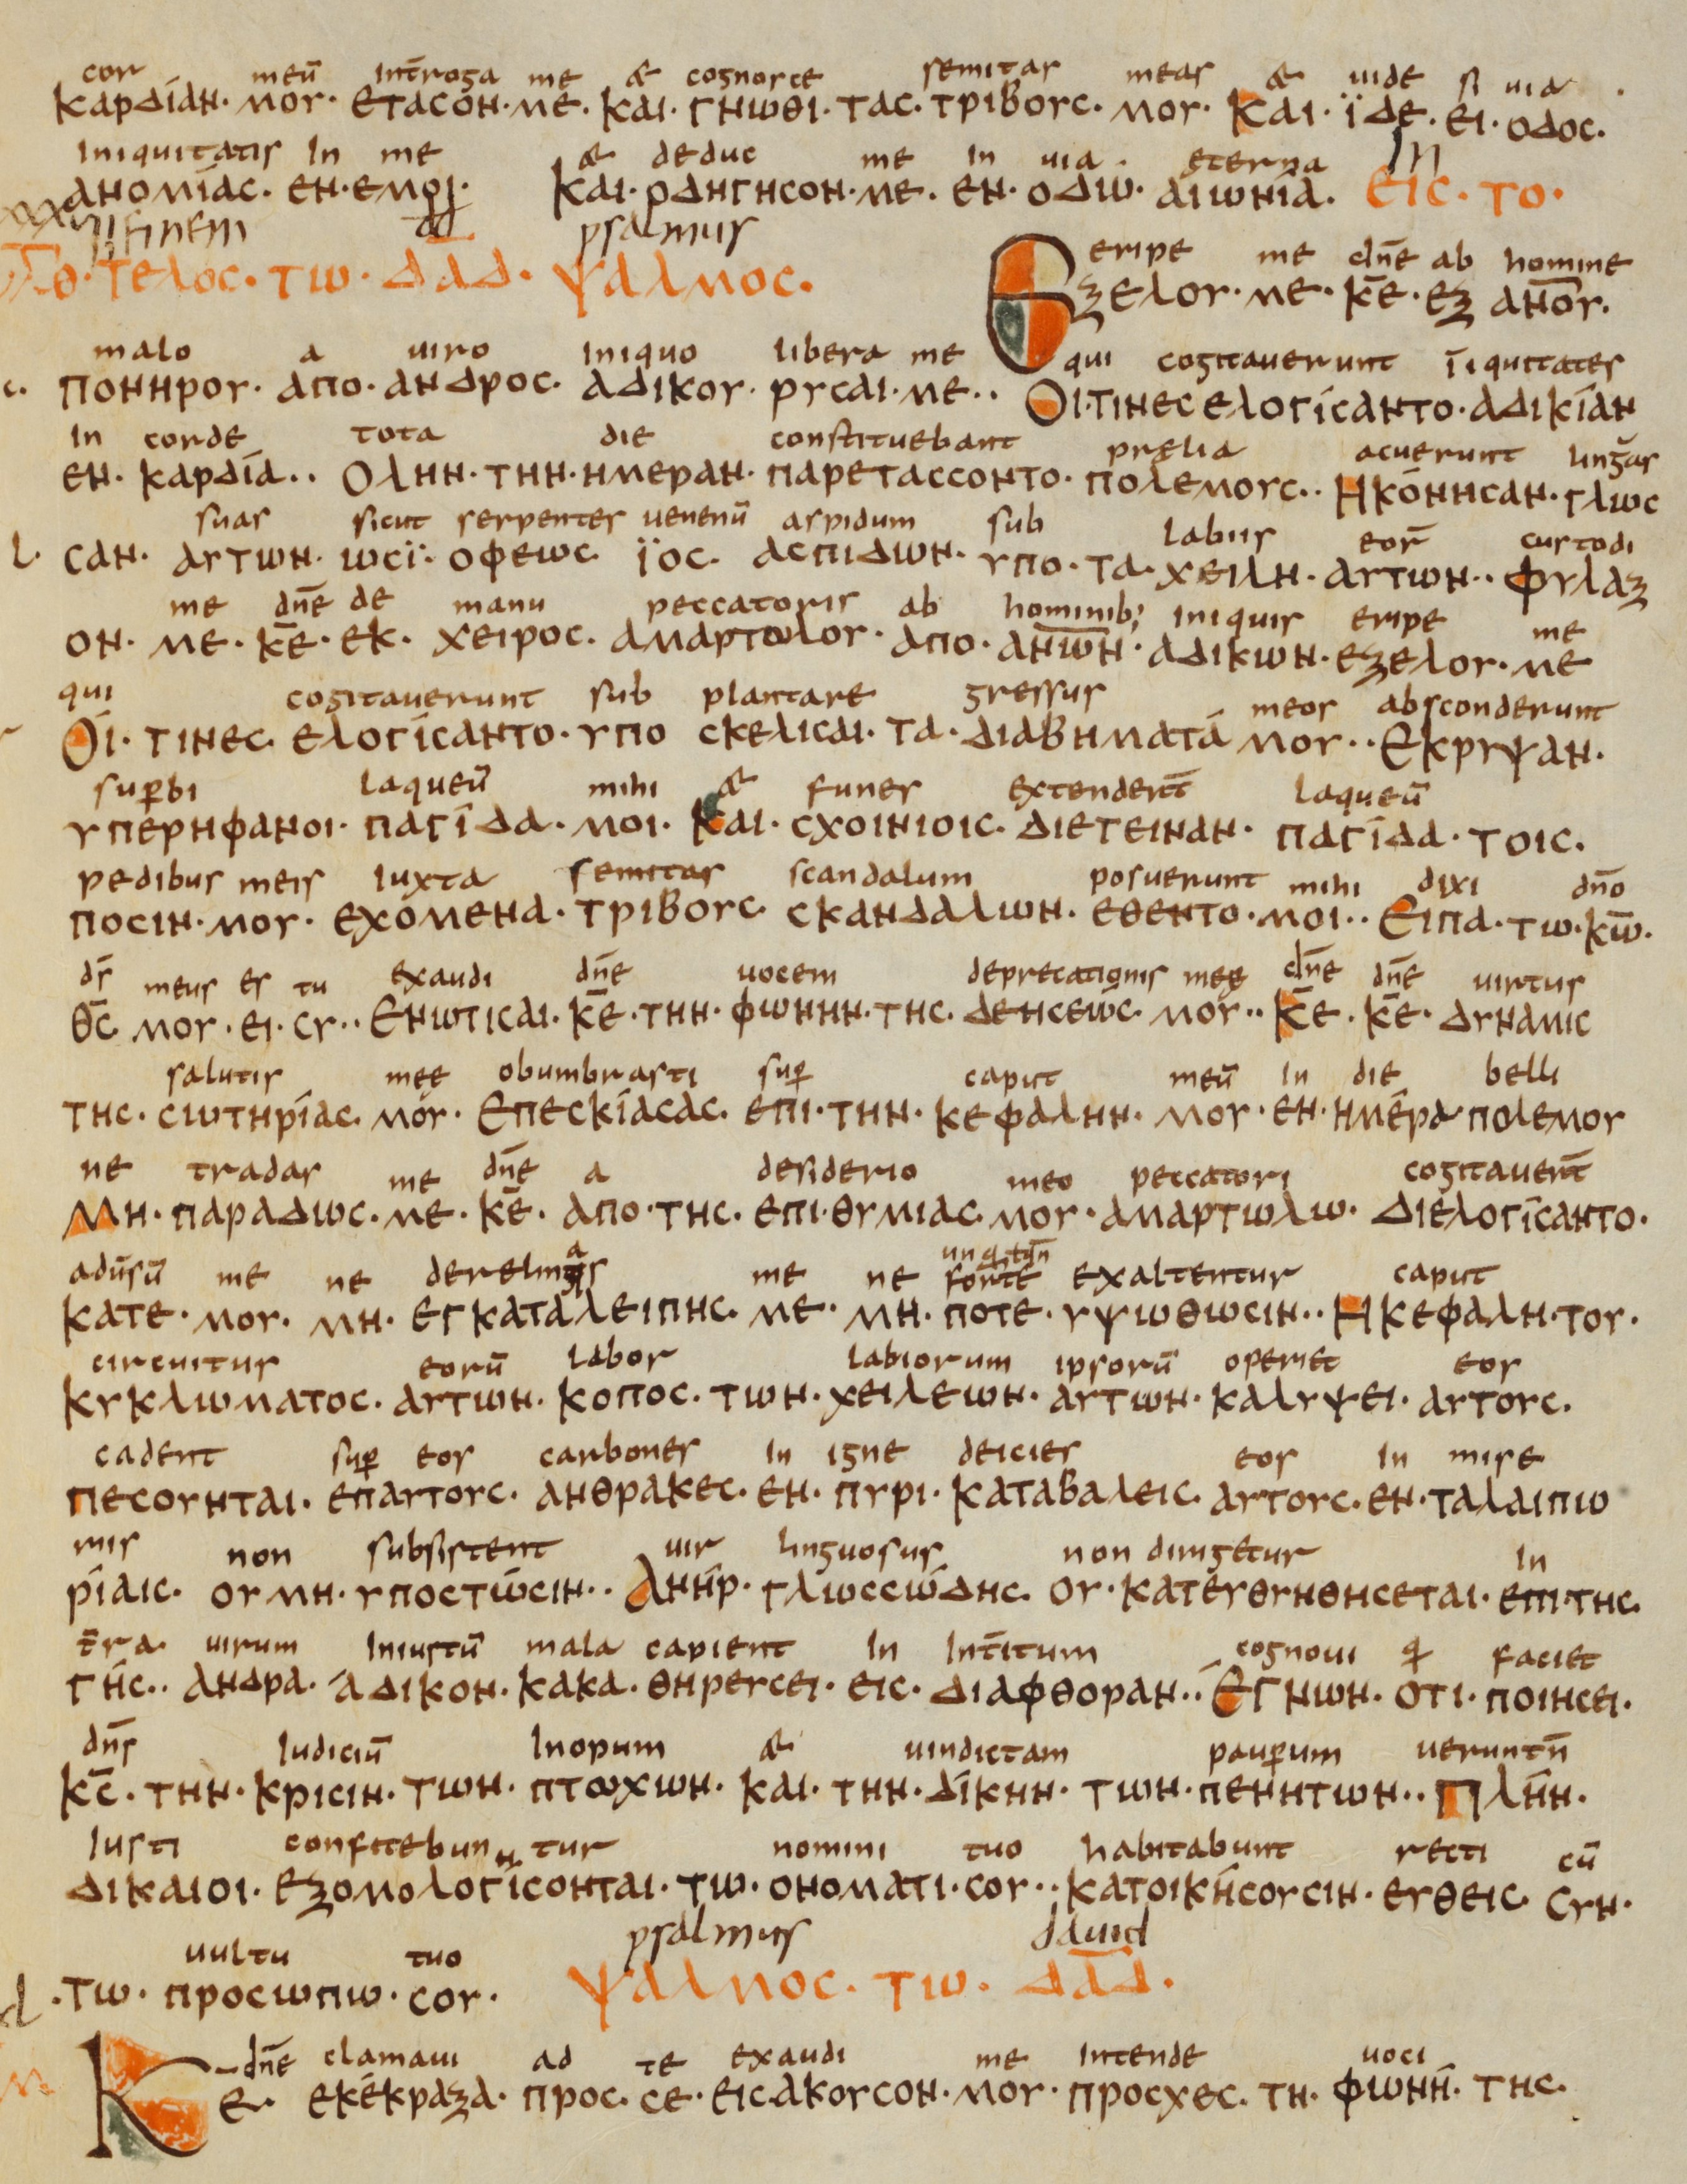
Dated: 833–899